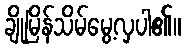
ချိုမြိန်သိမ်မွေ့လှပါ၏။